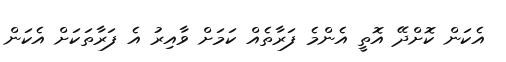
އެކަން ކޮށްދޭ އޮތީ އެންމެ ފަރާތެއް ކަމަށް ވާއިރު އެ ފަރާތަކަށް އެކަން